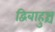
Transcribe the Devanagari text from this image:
द्विबाहुश्च